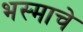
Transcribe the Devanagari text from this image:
भस्माचे